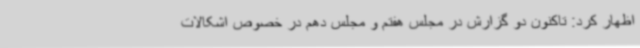
اظهار کرد: تاکنون دو گزارش در مجلس هفتم و مجلس دهم در خصوص اشکالات